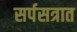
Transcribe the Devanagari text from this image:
सर्पसत्रात